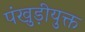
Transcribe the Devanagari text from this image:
पंखुड़ीयुक्त